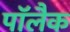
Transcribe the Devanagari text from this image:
पॉलैक